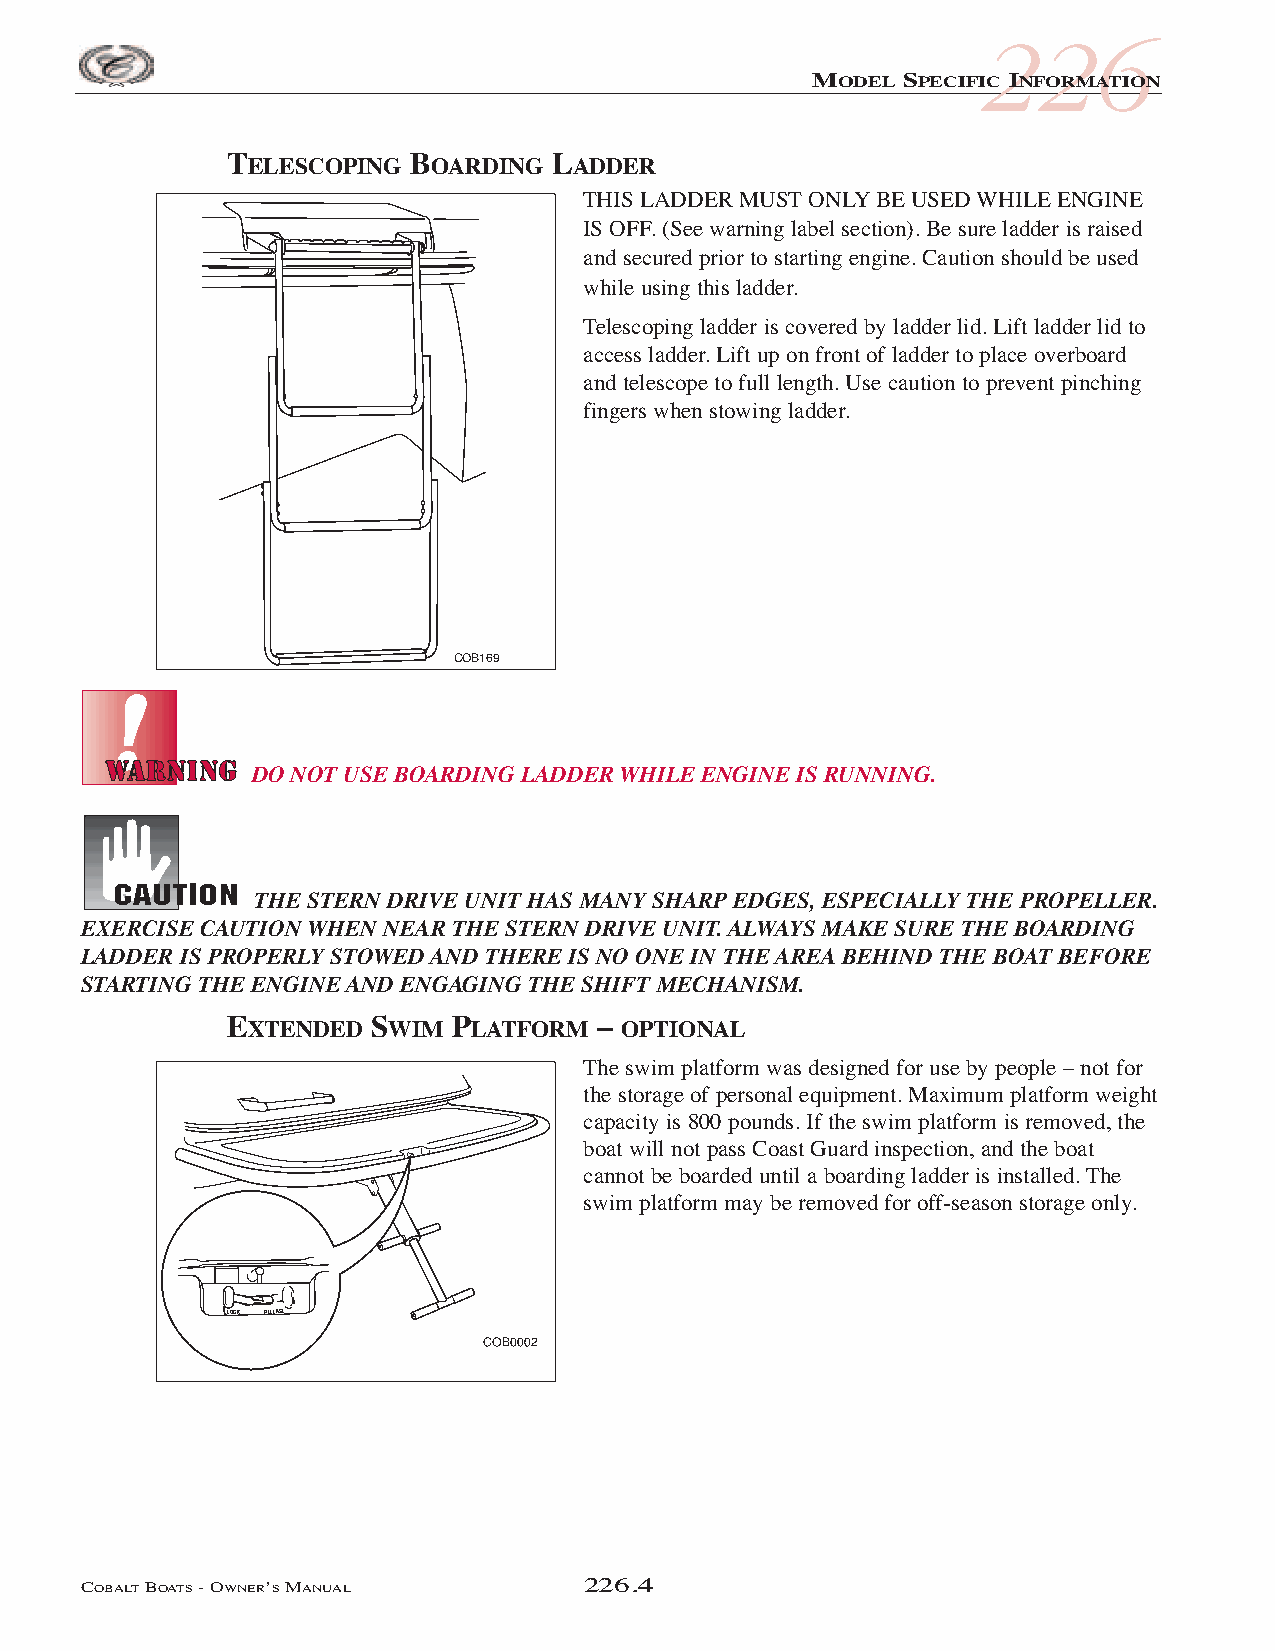
226
 MODEL SPECIFIC INFORMATION
 TELESCOPING BOARDING  LADDER
 THIS LADDER MUSTONLYBE USED WHILE ENGINE
 IS OFF. (See warning label section). Be sure ladder is raised
 and secured prior to starting engine. Caution should be used
 while using this ladder.
 Telescoping ladder is covered by ladder lid. Lift ladder lid to
 access ladder. Lift up on front of ladder to place overboard
 and telescope to full length. Use caution to prevent pinching
 fingers when stowing ladder.
 COB169
 DO NOT USE BOARDING LADDER WHILE ENGINE IS RUNNING.
 THE STERN DRIVE UNIT HAS MANY SHARP EDGES, ESPECIALLY THE PROPELLER.
 EXERCISE CAUTION WHEN NEAR THE STERN DRIVE UNIT. ALWAYS MAKE SURE THE BOARDING
 LADDER IS PROPERLY STOWED AND THERE IS NO ONE IN THE AREA BEHIND THE BOAT BEFORE
 STARTING THE ENGINE AND ENGAGING THE SHIFT MECHANISM.
 EXTENDED  SWIM PLATFORM  – OPTIONAL
 The swim platform was designed for use by people – not for
 the storage of personal equipment. Maximum platform weight
 capacity is 800 pounds. If the swim platform is removed, the
 boat will not pass Coast Guard inspection, and the boat
 cannot be boarded until a boarding ladder is installed. The
 swim platform may be removed for off-season storage only.
 LOCK RELEASE
 COBALTBOATS- OWNER’SMANUAL        226.4